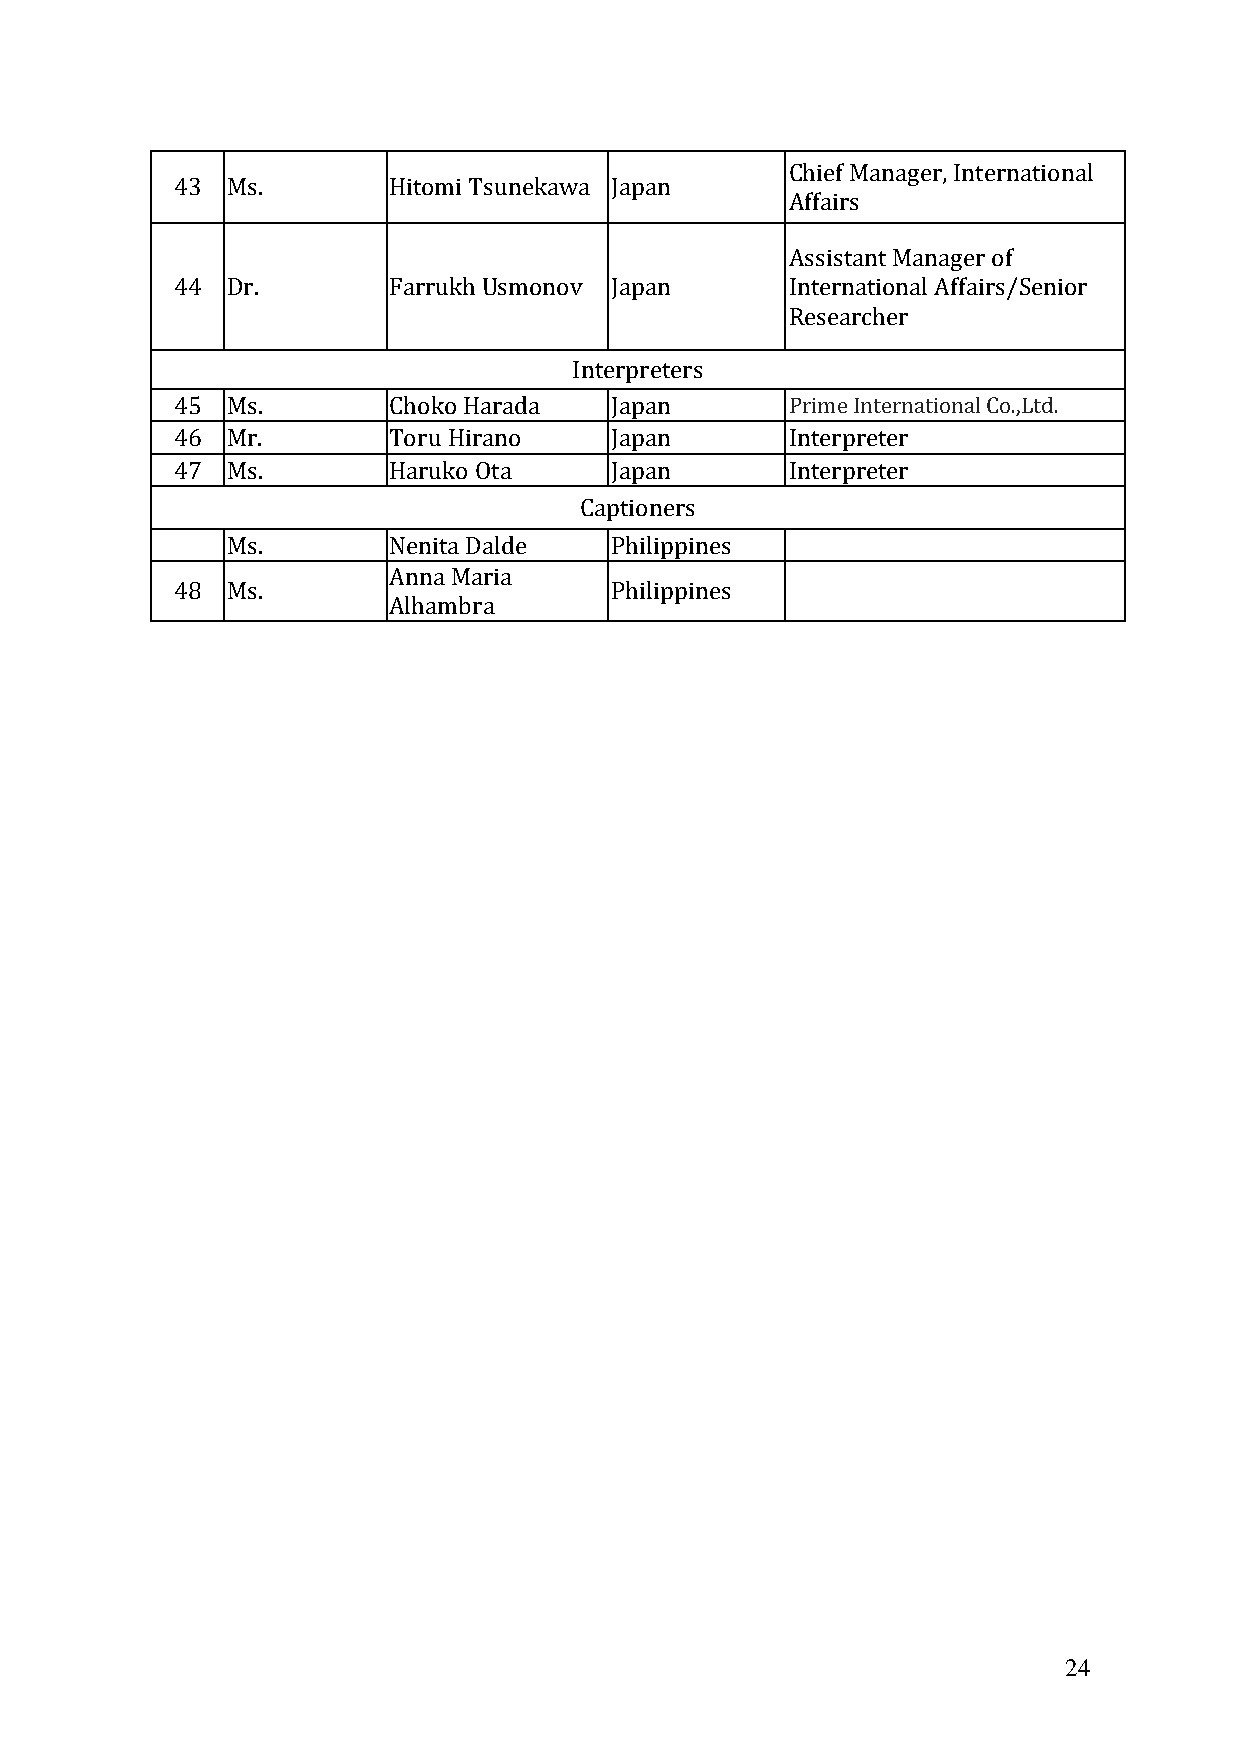
Chief Manager, International
 43  Ms.        Hitomi Tsunekawa Japan
 Affairs
 Assistant Manager of
 44  Dr.        Farrukh Usmonov Japan     International Affairs/Senior
 R esearcher
 Interpreters
 45  Ms.        Choko Harada  Japan       Prime International Co.,Ltd.
 46  Mr.        Toru Hirano   Japan       Interpreter
 47  Ms.        Haruko Ota    Japan       Interpreter
 Captioners
 Ms.        Nenita Dalde  Philippines
 Anna Maria
 48  Ms.                      Philippines
 Alhambra
 24